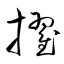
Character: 擢